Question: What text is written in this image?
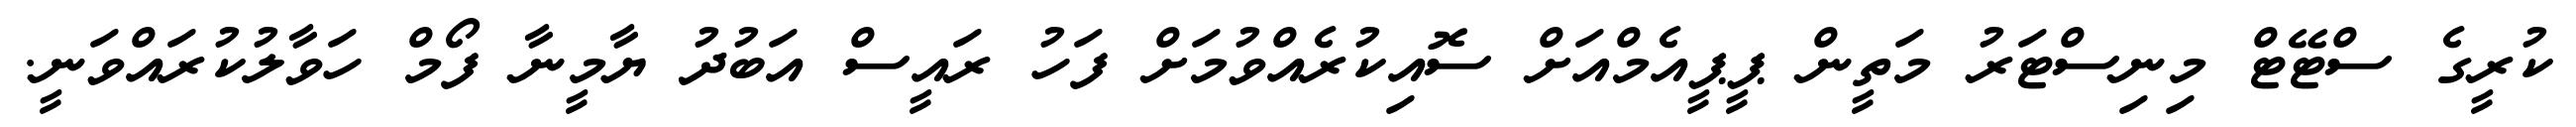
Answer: ކުރީގެ ސްޓޭޓް މިނިސްޓަރު މަތީން ޕީޕީއެމްއަށް ސޮއިކުރެއްވުމަށް ފަހު ރައީސް އަބުދު ޔާމީނާ ފޯމް ހަވާލުކުރައްވަނީ.